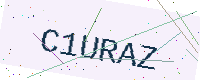
Text: C1URAZ